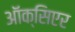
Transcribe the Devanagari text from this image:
ऑक्सिएर